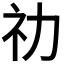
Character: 𥘋